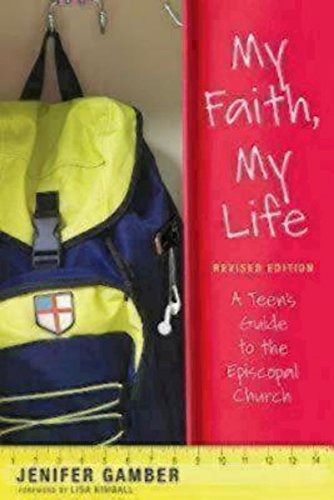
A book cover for My Faith, My Life, Revised Edition: A Teen's Guide to the Episcopal Church; Jenifer Gamber; Christian Books & Bibles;